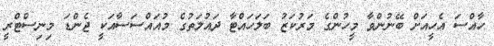
ހާއްސަ އެހީއަށް ބޭނުންވާ މީހުންގެ މަރުކަޒު ބަލަހައްޓާ ދައުލަތުގެ މުއައްސަސާއަކީ ޖެންޑަ މިނިސްޓްރީ